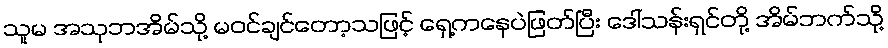
သူမ အသုဘအိမ်သို့ မဝင်ချင်တော့သဖြင့် ရှေ့ကနေပဲဖြတ်ပြီး ဒေါ်သန်းရှင်တို့ အိမ်ဘက်သို့